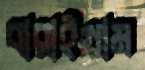
বারাইগ্রাম